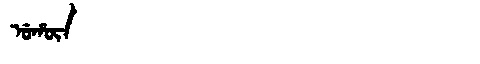
Manchu: ᡠᡥᡡᠨ
Romanization: UHŪN